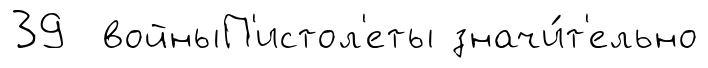
39 войныП'истол'еты значи́т'ельно